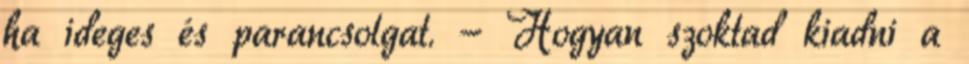
ha ideges és parancsolgat. - Hogyan szoktad kiadni a